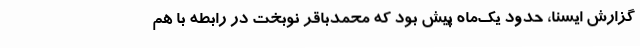
گزارش ایسنا، حدود یک‌ماه پیش بود که محمدباقر نوبخت در رابطه با هم